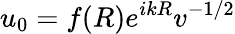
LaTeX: u_{0}=f(R)e^{ikR}v^{-1/2}